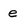
Character: e